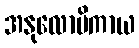
အနုလောမိကာယ